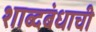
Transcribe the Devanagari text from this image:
शाब्दबंधाची